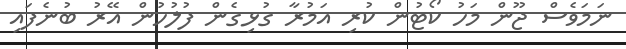
ނަމަވެސް ޖޫން މަހު ކޯޓުން ކުރި އަމުރާ ގުޅިގެން ފުލުހުން އޭރު ބުނެފައި